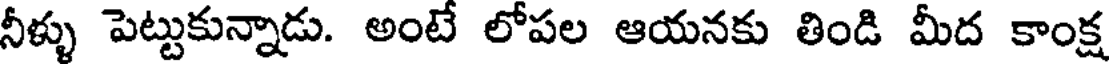
నీళ్ళు పెట్టుకున్నాడు. అంటే లోపల ఆయనకు తిండి మీద కాంక్ష